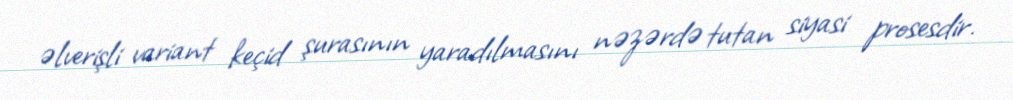
əlverişli variant keçid şurasının yaradılmasını nəzərdə tutan siyasi prosesdir.